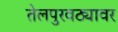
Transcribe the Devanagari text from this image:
तेलपुरवठ्यावर